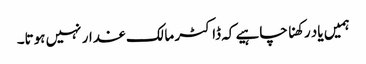
ہمیں یاد رکھنا چاہیے کہ ڈاکٹر مالک غدار نہیں ہوتا۔